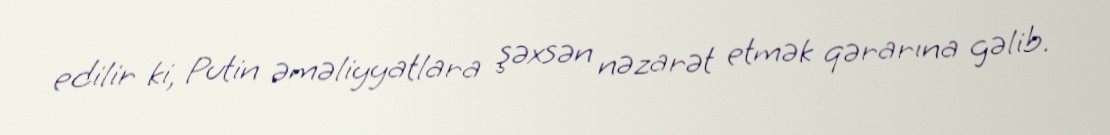
edilir ki, Putin əməliyyatlara şəxsən nəzarət etmək qərarına gəlib.